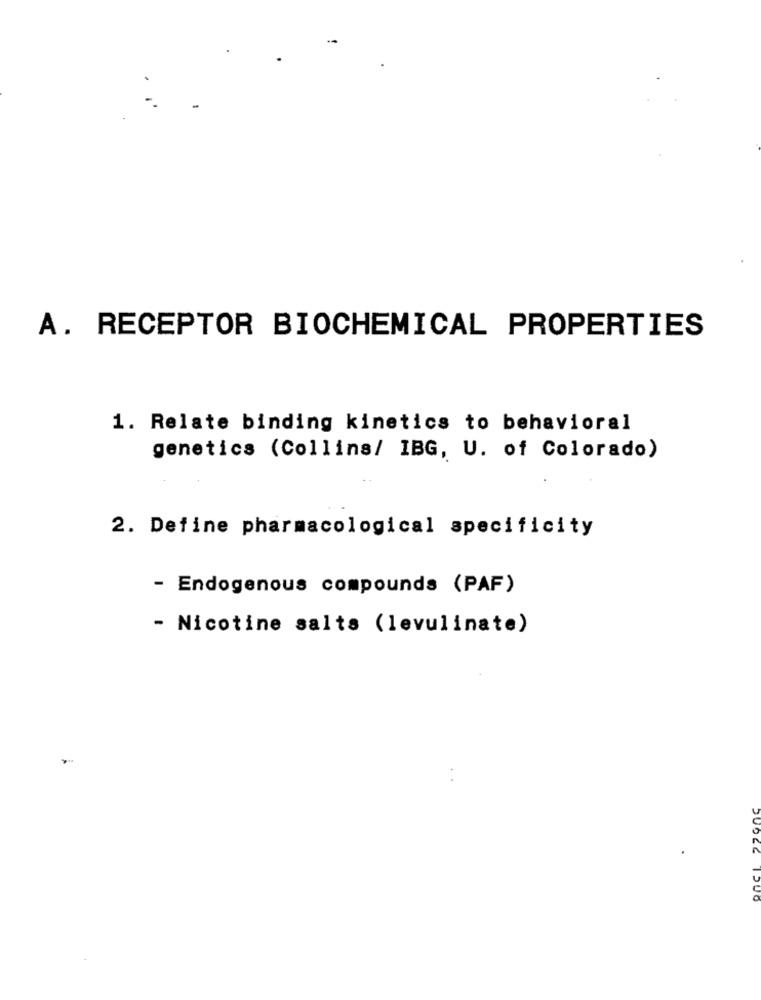
A. RECEPTOR BIOCHEMICAL PROPERTIES
1. Relate binding kinetics to behavioral
genetics (Collins/ IBG, U. of Colorado)
2. Define pharmacological specificity
- Endogenous compounds (PAF)
- Nicotine salts (levulinate)